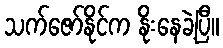
သက်ဇော်နိုင်က နိုးနေခဲ့ပြီ။